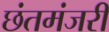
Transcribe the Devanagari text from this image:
छंतमंजरी